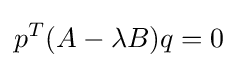
p^{T}(A-\lambda B)q=0